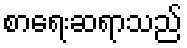
စာရေးဆရာသည်